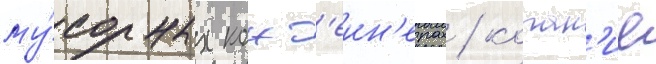
му́сорных конт'еин'ерах / копан'ие